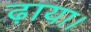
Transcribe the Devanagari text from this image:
ढ़ाया।